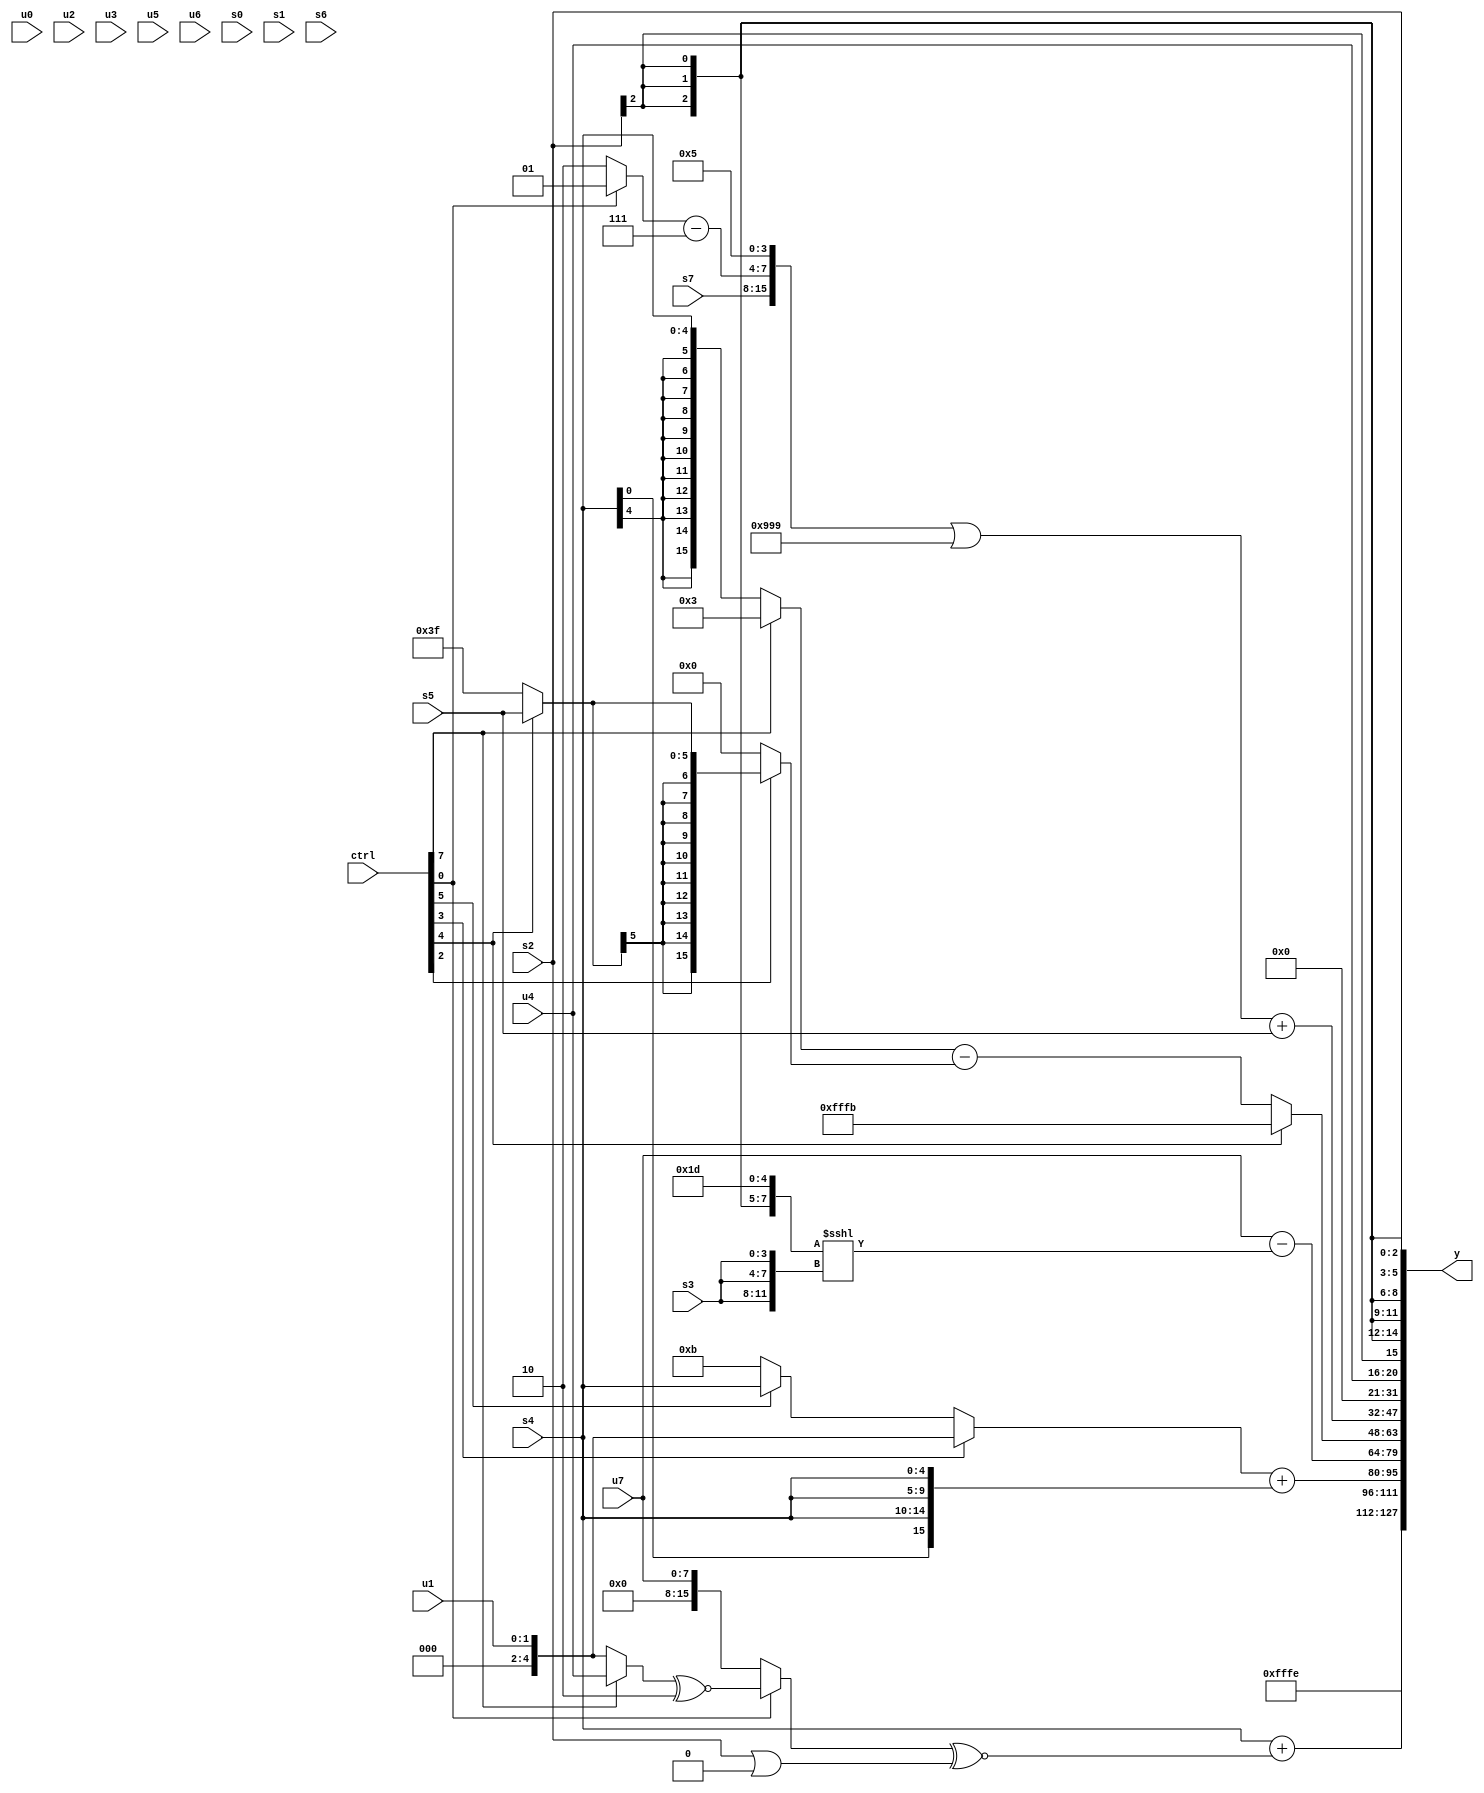
module wideexpr_00723(ctrl, u0, u1, u2, u3, u4, u5, u6, u7, s0, s1, s2, s3, s4, s5, s6, s7, y);
  input [7:0] ctrl;
  input [0:0] u0;
  input [1:0] u1;
  input [2:0] u2;
  input [3:0] u3;
  input [4:0] u4;
  input [5:0] u5;
  input [6:0] u6;
  input [7:0] u7;
  input signed [0:0] s0;
  input signed [1:0] s1;
  input signed [2:0] s2;
  input signed [3:0] s3;
  input signed [4:0] s4;
  input signed [5:0] s5;
  input signed [6:0] s6;
  input signed [7:0] s7;
  output [127:0] y;
  wire [15:0] y0;
  wire [15:0] y1;
  wire [15:0] y2;
  wire [15:0] y3;
  wire [15:0] y4;
  wire [15:0] y5;
  wire [15:0] y6;
  wire [15:0] y7;
  assign y = {y0,y1,y2,y3,y4,y5,y6,y7};
  assign y0 = 2'sb10;
  assign y1 = +((s4)+(((ctrl[0]?((ctrl[7]?u4:u1))^~(2'sb10):u7))^~({(s2)|((1'sb1)<<<(6'sb010110))})));
  assign y2 = ((ctrl[3]?(ctrl[3]?u1:u4):(ctrl[5]?s4:$signed(5'sb01011))))+({4{s4}});
  assign y3 = (u7)-(($unsigned({2{{(s2)>>>(4'sb1011),5'sb11101}}}))<<<($unsigned($signed({3{s3}}))));
  assign y4 = (ctrl[4]?4'sb1011:((ctrl[7]?3'sb011:(ctrl[7]?3'sb000:$signed(s4))))-((ctrl[2]?(ctrl[4]?s5:6'sb111111):$signed({3{(u6)<<(6'sb110000)}}))));
  assign y5 = ((({$signed($signed({3'sb110,s6})),s7,((ctrl[0]?1'sb1:+(2'b10)))-(4'sb0111),(2'sb01)|(4'sb0101)})|({3{4'sb1001}}))<<(((ctrl[5]?(ctrl[0]?+(2'sb00):$signed(1'b0)):(ctrl[5]?4'sb0110:s7)))>>(5'b01100)))+(s5);
  assign y6 = u4;
  assign y7 = s2;
endmodule